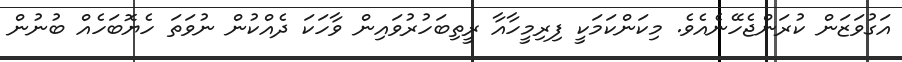
އަގުވަޒަން ކުރަންޖެހޭނެއެވެ. މިކަންކަމަކީ ފިރިމީހާއާ ރީތިބަހުރުވައިން ވާހަކަ ދެއްކުން ނުވަތަ ހެޔޮބަހެއް ބުނުން